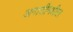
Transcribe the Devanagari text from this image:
अगाशीमधील